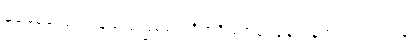
မမေ့မလျော့ကုန်သည်ဖြစ၍။ ဝိဟရိဿာမ၊ နေကုန်အံ့။ အာသဝါနံ၊